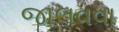
જાલવવા